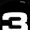
Digit: 3